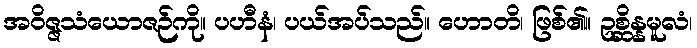
အဝိဇ္ဇသံယောဇဉ်ကို။ ပဟီနံ၊ ပယ်အပ်သည်။ ဟောတိ၊ ဖြစ်၏။ ဥစ္ဆိန္နမူလံ၊